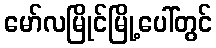
မော်လမြိုင်မြို့ပေါ်တွင်